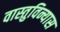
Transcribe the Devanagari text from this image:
वास्तुविन्यास